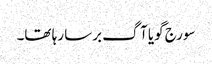
سورج گویا آگ برسا رہا تھا۔